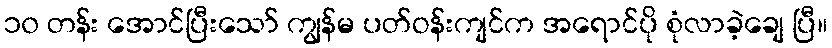
၁၀ တန်း အောင်ပြီးသော် ကျွန်မ ပတ်ဝန်းကျင်က အရောင်ပို စုံလာခဲ့ချေ ပြီ။